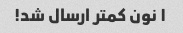
۱ نون کمتر ارسال شد!